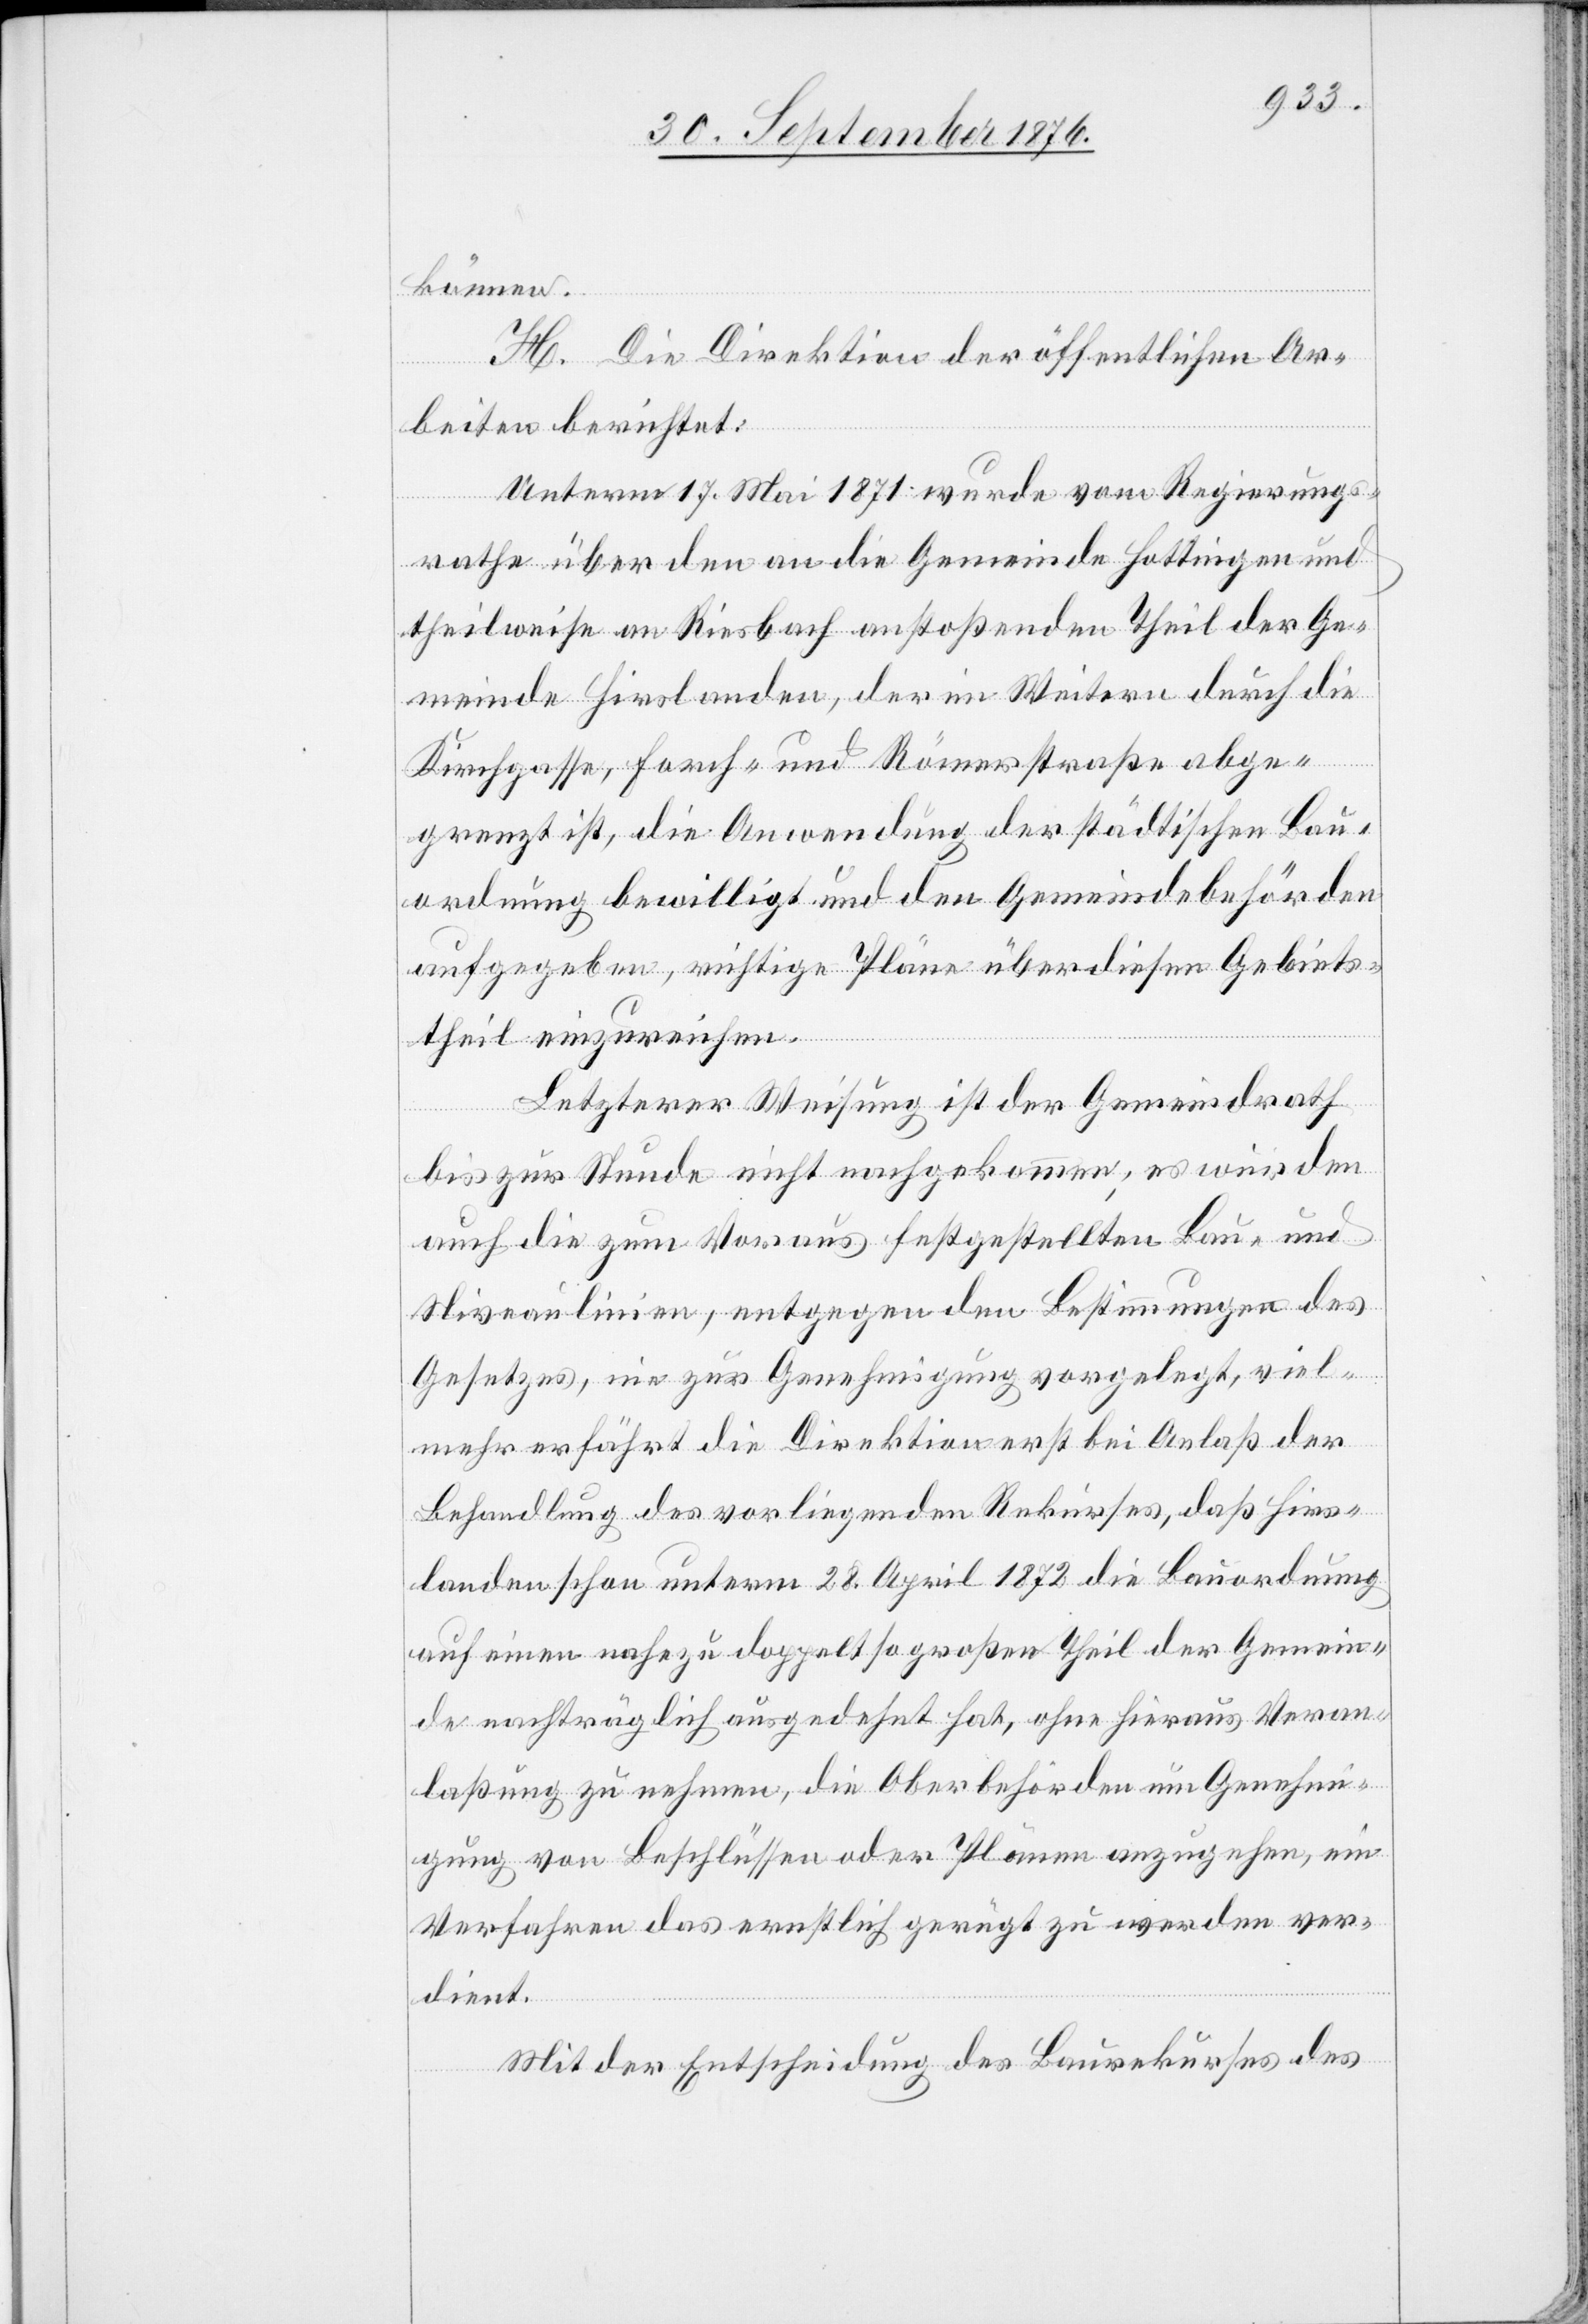
können.
H. Die Direktion der öffentlichen Ar¬
beiten berichtet:
Unterm 17. Mai 1871 wurde vom Regierungs¬
rathe über den an die Gemeinde Hottingen und
theilweise an Riesbach anstoßenden Theil der Ge¬
meinde Hirslanden, der im Weitern durch die
Kirchgasse, Forch- und Römerstraße abge¬
grenzt ist, die Anwendung der städtischen Bau¬
ordnung bewilligt und den Gemeindebehörden
aufgegeben, richtige Pläne über diesen Gebiets¬
theil einzureichen.
Letzterer Weisung ist der Gemeindrath
bis zur Stunde nicht nachgekommen; es wurden
auch die zum Voraus gestellten Bau- und
Niveaulinien, entgegen den Bestimmungen des
Gesetzes, nie zur Genehmigung vorgelegt, viel¬
mehr erfährt die Direktion erst bei Anlaß der
Behandlung des vorliegenden Rekurses, daß Hirs¬
landen schon unterm 28. April 1872 die Bauordnung
auf einen nahezu doppelt so großen Theil der Gemein¬
de nachträglich ausgedehnt hat, ohne hieraus Veran¬
laßung zu nehmen, die Oberbehörden um Genehmi¬
gung von Beschlüssen oder Plänen anzugehen, ein
Verfahren das ernstlich gerügt zu werden ver¬
dient.
Mit der Entscheidung des Baurekurses des